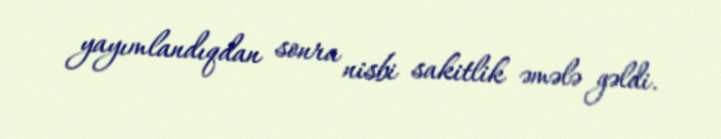
yayımlandıqdan sonra nisbi sakitlik əmələ gəldi.